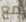
مع